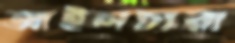
আইলচারা